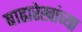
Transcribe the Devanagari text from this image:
बाह्यरेखांच्या